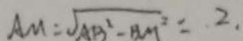
A M = \sqrt { A B ^ { 2 } - B M ^ { 2 } } = 2 .